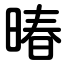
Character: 暙